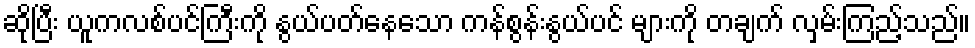
ဆိုပြီး ယူကလစ်ပင်ကြီးကို နွယ်ပတ်နေသော ကန်စွန်းနွယ်ပင် များကို တချက် လှမ်းကြည့်သည်။